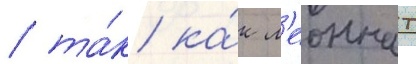
/ та́к ка́к л'еоннат